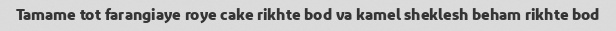
Tamame tot farangiaye roye cake rikhte bod va kamel sheklesh beham rikhte bod